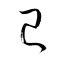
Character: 巳